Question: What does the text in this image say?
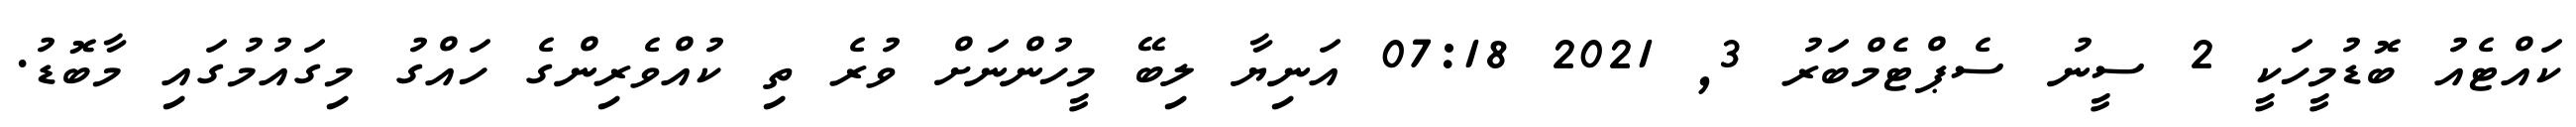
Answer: ކައްޓެއު ބޮޑުމީހަކީ 2 ސީނު ސެޕްޓެމްބަރު 3, 2021 07:18 އަނިޔާ ލިބޭ މީހުންނަށް ވުރެ ތި ކުއްވެރިންގެ ހައްގު މިގައުމުގައި މާބޮޑު.